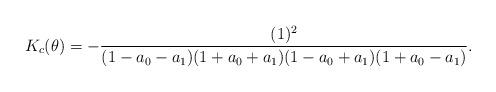
LaTeX: \begin{align*}K_{c}(\theta)=-\frac{(1)^{2}}{(1-a_{0}-a_{1})(1+a_{0}+a_{1})(1-a_{0}+a_{1})(1+a_{0}-a_{1})}.\end{align*}